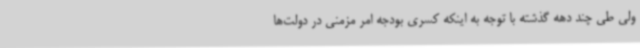
ولی طی چند دهه گذشته با توجه به اینکه کسری بودجه امر مزمنی در دولت‌ها